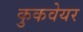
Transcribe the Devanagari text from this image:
कुकवेयर